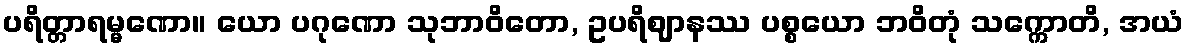
ပရိတ္တာရမ္မဏော။ ယော ပဂုဏော သုဘာဝိတော, ဥပရိဈာနဿ ပစ္စယော ဘဝိတုံ သက္ကောတိ, အယံ